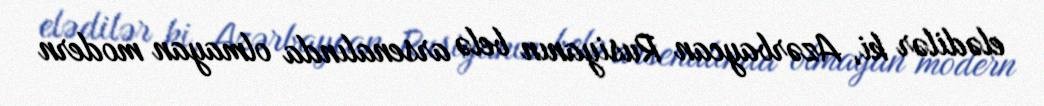
elədilər ki, Azərbaycan Rusiyanın belə arsenalında olmayan modern